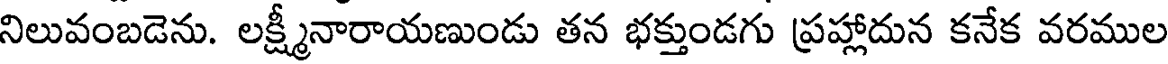
నిలువంబడెను. లక్ష్మీనారాయణుండు తన భక్తుండగు ప్రహ్లాదున కనేక వరముల